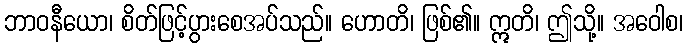
ဘာဝနီယော၊ စိတ်ဖြင့်ပွားစေအပ်သည်။ ဟောတိ၊ ဖြစ်၏။ ဣတိ၊ ဤသို့။ အဝေါစ၊